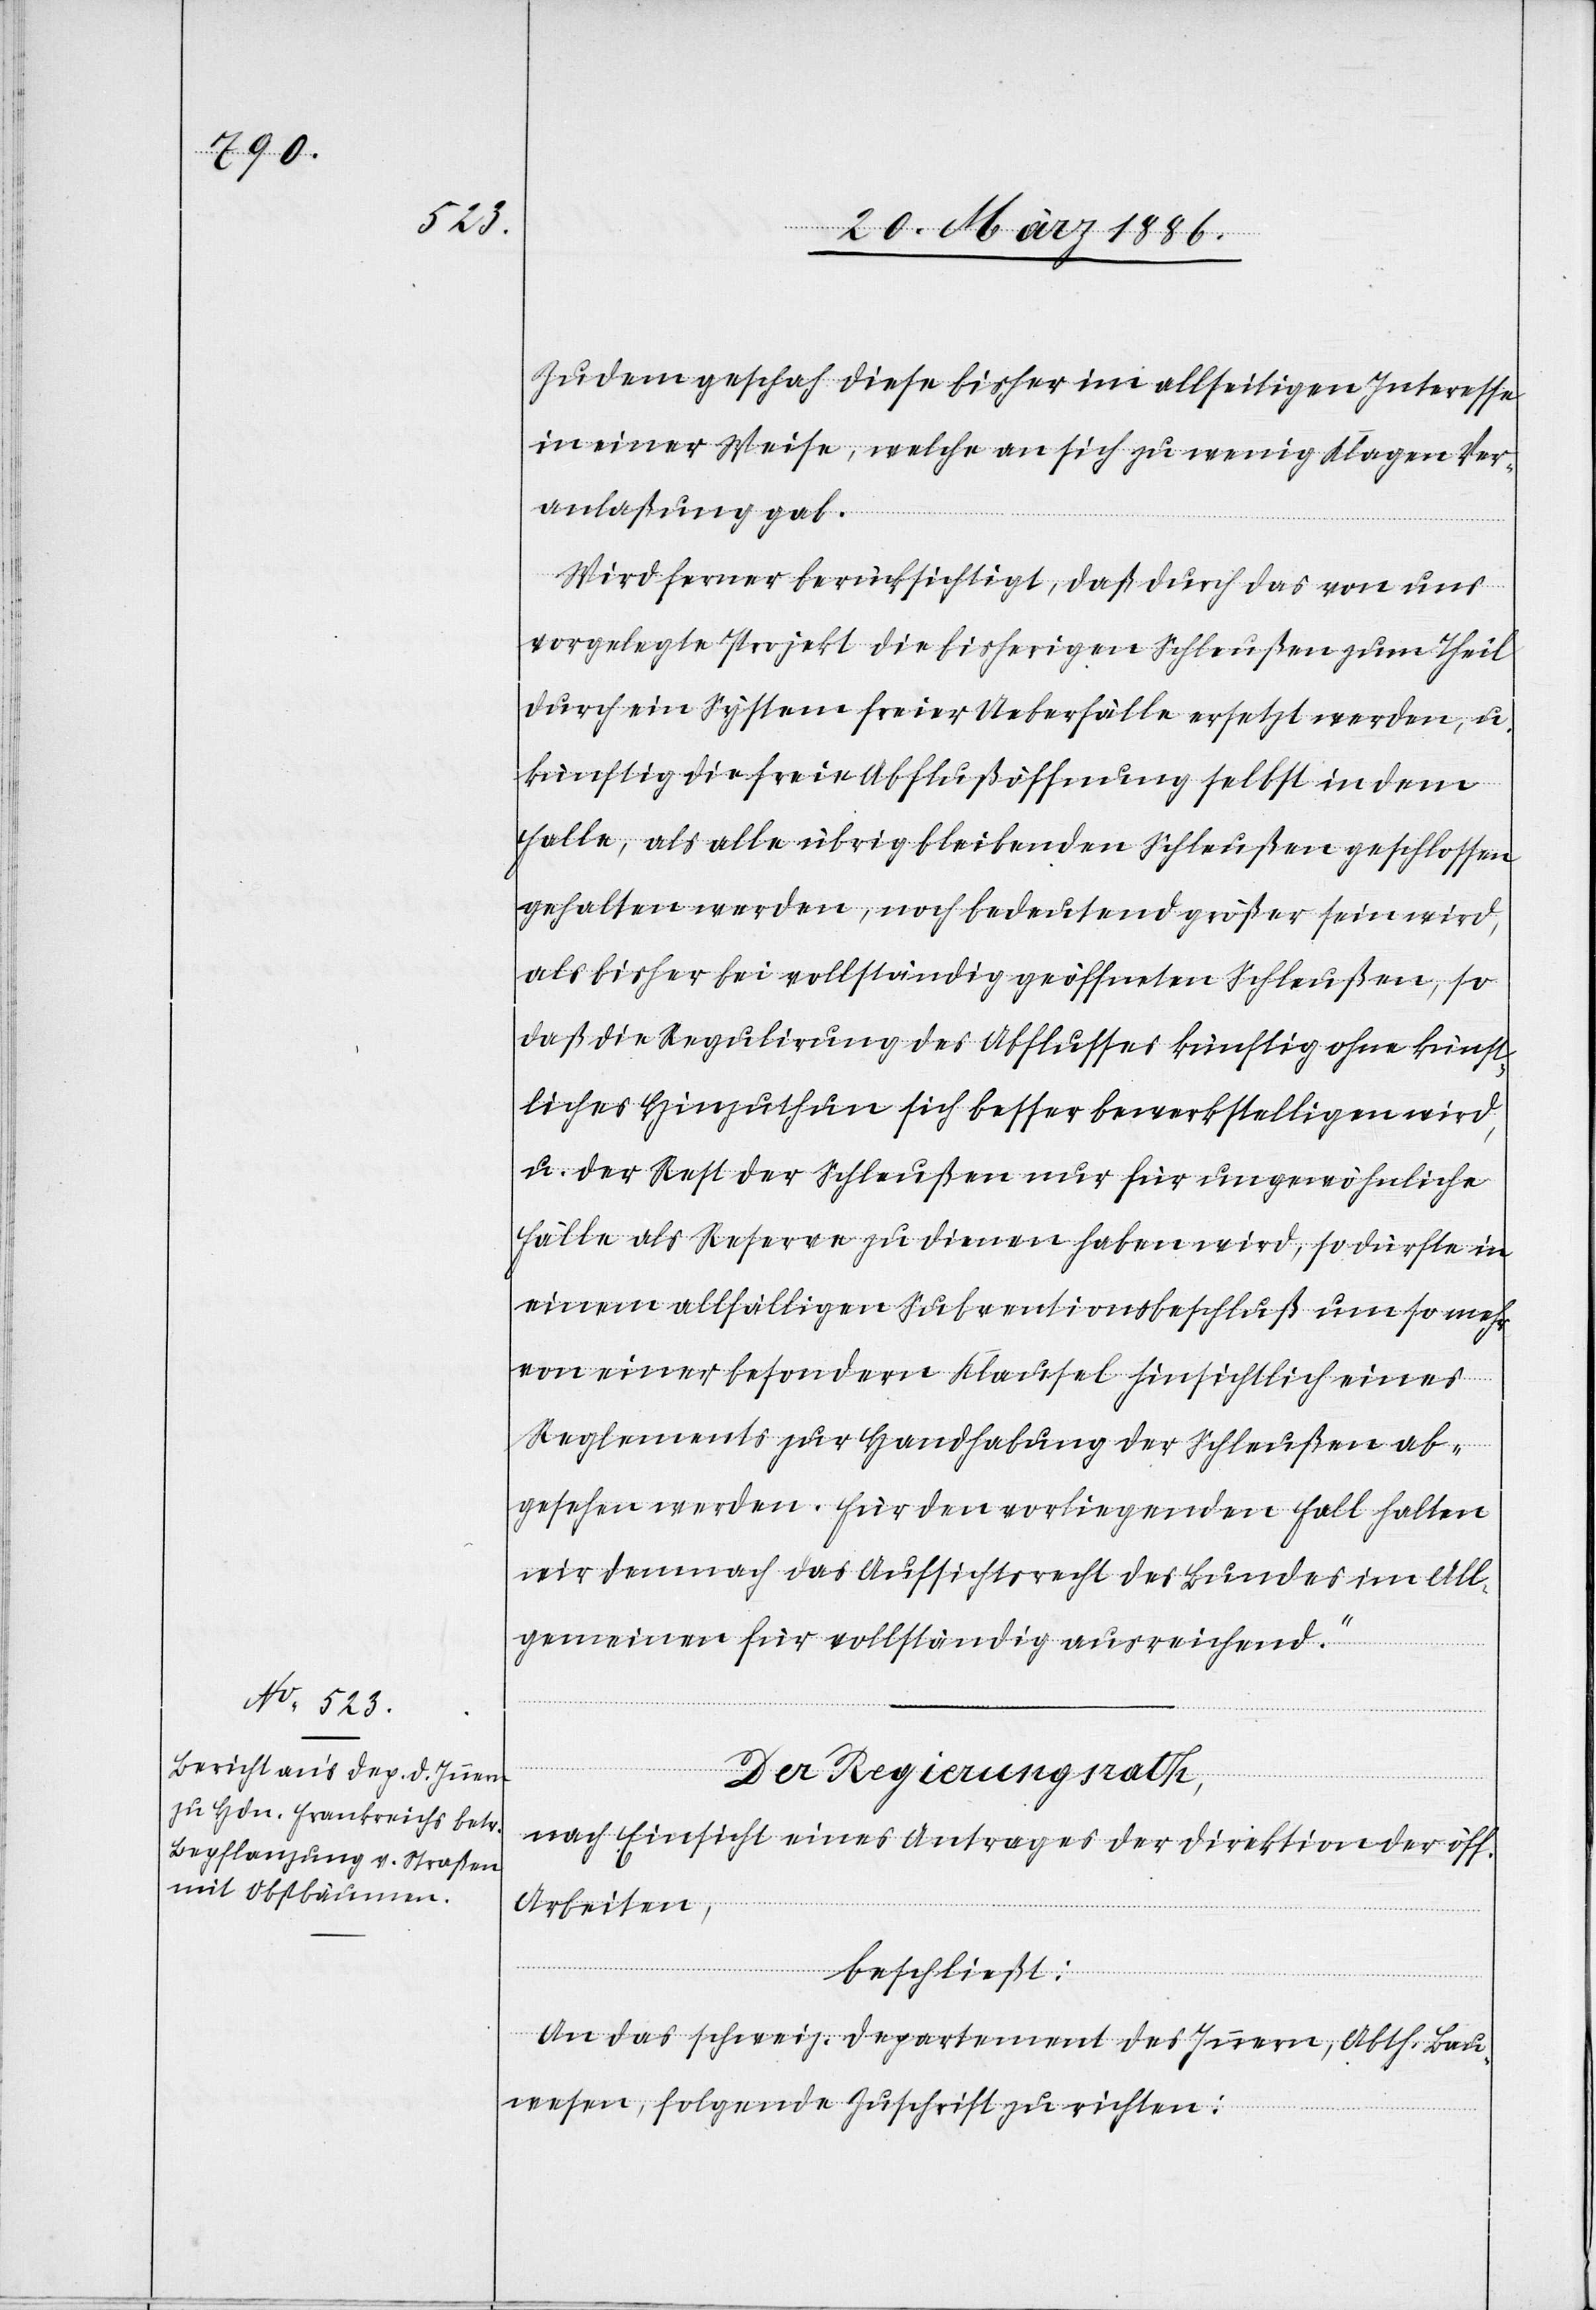
Zudem geschah diese bisher im allseitigen Interesse
in einer Weise, welche an sich zu wenig Klagen Ver¬
anlaßung gab.
Wird ferner berücksichtigt, daß durch das von uns
vorgelegte Projekt die bisherigen Schleußen zum Theil
durch ein System freier Ueberfälle ersetzt werden, u.
künftig die freie Abflußöffnung selbst in dem
Falle, als alle übrigen bleibenden Schleußen geschlossen
gehalten werden, noch bedeutend großer sein wird,
als bisher bei vollständig geöffneten Schleußen, so
daß die Regulirung des Abflusses künftig ohne künst¬
liches Hinzuthun sich besser bewerkstelligen wird,
u. der Rest der Schleußen nur für ungewöhnliche
Fälle als Reserve zu dienen haben wird, so dürfte in
einem allfälligen Subventionsbeschluß um so mehr
von einer besondern Klausel hinsichtlich eines
Reglements zur Handhabung der Schleußen ab¬
gesehen werden. Für den vorliegenden Fall halten
wir demnach das Aufsichtsrecht des Bundes im All¬
gemeinen für vollständig ausreichend.“
Der Regierungsrath,
nach Einsicht eines Antrages der Direktion der öff.
Arbeiten,
beschließt:
An das schweiz. Departement des Innern, Abth. Bau¬
wesen, folgende Zuschrift zu richten: